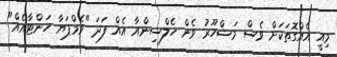
މިއީ އެއްގޮތަކަށް ވެސް މަޝްހޫރު ވެން ހެލްސިންއާ އެއް ފަދަ "ވެމްޕަޔާ ހަންޓާއެއް"